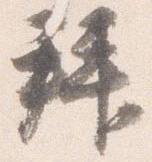
拝